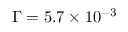
\Gamma = 5 . 7 \times 1 0 ^ { - 3 }